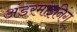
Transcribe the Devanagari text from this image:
अंडरमाइनिंग